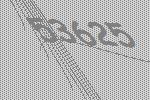
53625